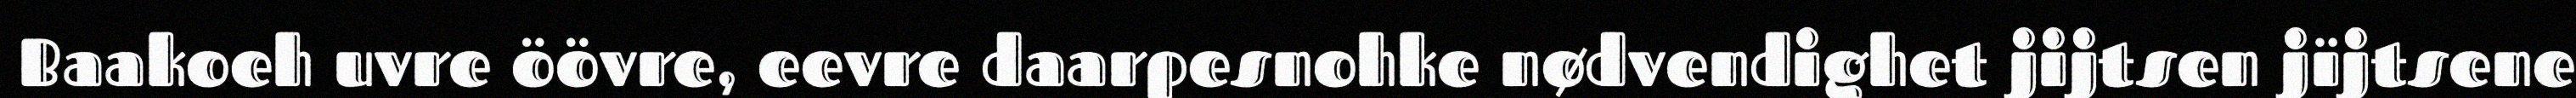
Baakoeh uvre öövre, eevre daarpesnohke nødvendighet jijtsen jïjtsene